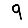
Digit: 9